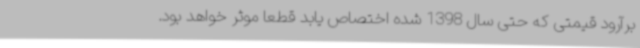
برآرود قیمتی که حتی سال 1398 شده اختصاص یابد قطعا موثر خواهد بود.